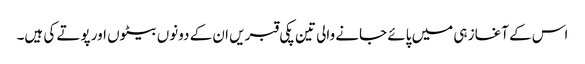
اس کے آغاز ہی میں پائے جانے والی تین پکی قبریں ان کے دونوں بیٹوں اور پوتے کی ہیں۔